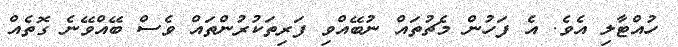
ހުއްޓާލި އެވެ. އެ ފަހުން މެޗުތައް ނުބޭއްވި ފަރިތަކުރުންތައް ވެސް ބޭއްވޭނެ ގޮތެއް